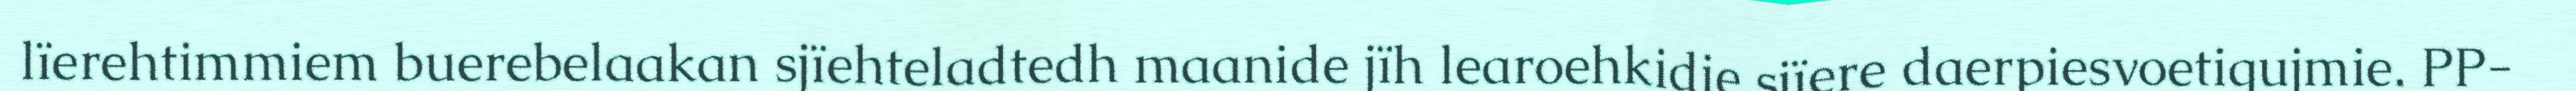
lïerehtimmiem buerebelaakan sjïehteladtedh maanide jïh learoehkidie sjïere daerpiesvoetigujmie. PP-